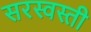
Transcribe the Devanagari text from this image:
सरस्वस्ती